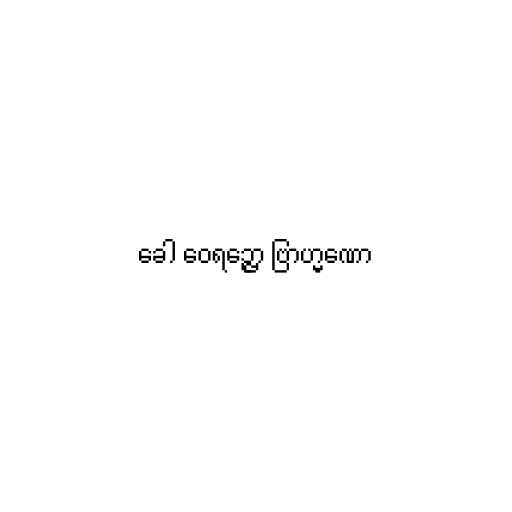
ခေါ ဝေရဉ္ဇော ဗြာဟ္မဏော